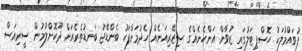
ފުވައްމުލަކު ހޮސްޕިޓަލުގައި ޒުވާން އަންހެނެއްގެ ސިޒޭރިއަނެއް ހެދުމަށްފަހު ބެންޑޭޖު ބަނޑުތެރެއަށް ދޫކޮށްލުމުން ސީރިއަސް